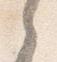
之